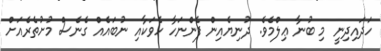
ހަދައިދިނީ މި ބުނާ ޢިލްމެވެ. ދުނިޔެއިން ފެންނަހާ ހެވަކާއި ނުބައެއް ގެނެސް މުށުތެރެއަށް